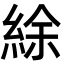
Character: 䋡